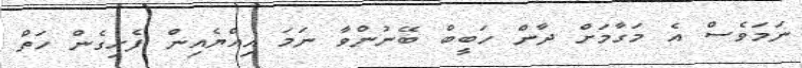
ނަމަވެސް އެ މަގާމަށް ދާން ހަބީބް ބޭނުންވާ ނަމަ އިއްޔެއިން ފެށިގެން ހަތް